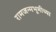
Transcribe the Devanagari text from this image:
रामजन्मभूमीच्या